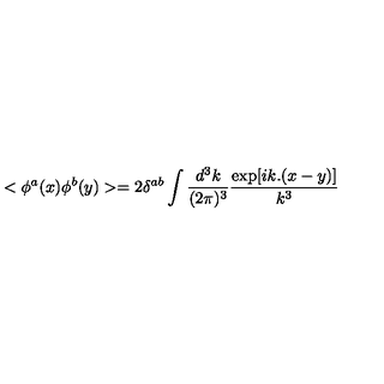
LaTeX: < \phi ^ { a } ( x ) \phi ^ { b } ( y ) > = 2 \delta ^ { a b } \int \frac { d ^ { 3 } k } { ( 2 \pi ) ^ { 3 } } \frac { \exp [ i k . ( x - y ) ] } { k ^ { 3 } }